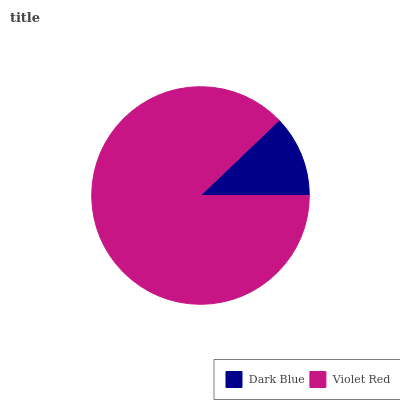
| Dark Blue | Violet Red |
 | --- | --- |
 | 12.1% | 87.9% |